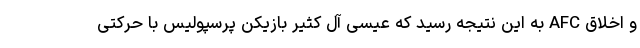
و اخلاق AFC به این نتیجه رسید که عیسی آل کثیر بازیکن پرسپولیس با حرکتی